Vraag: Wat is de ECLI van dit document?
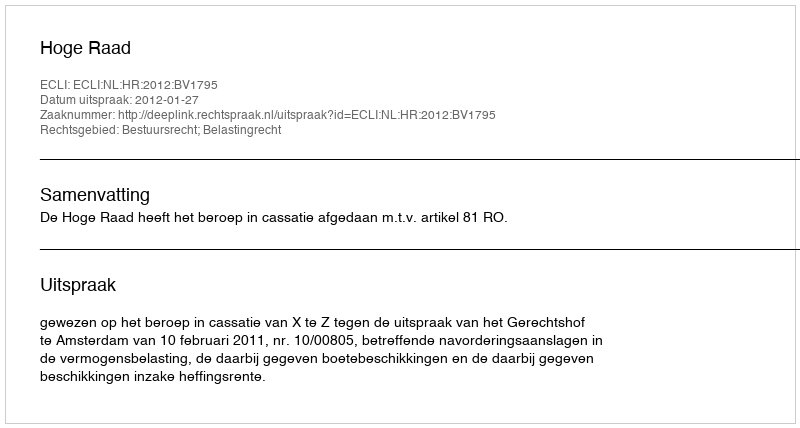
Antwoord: ECLI:NL:HR:2012:BV1795